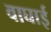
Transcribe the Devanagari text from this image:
वाघाई